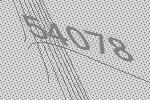
54078